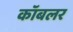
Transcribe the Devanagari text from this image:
कॉबलर